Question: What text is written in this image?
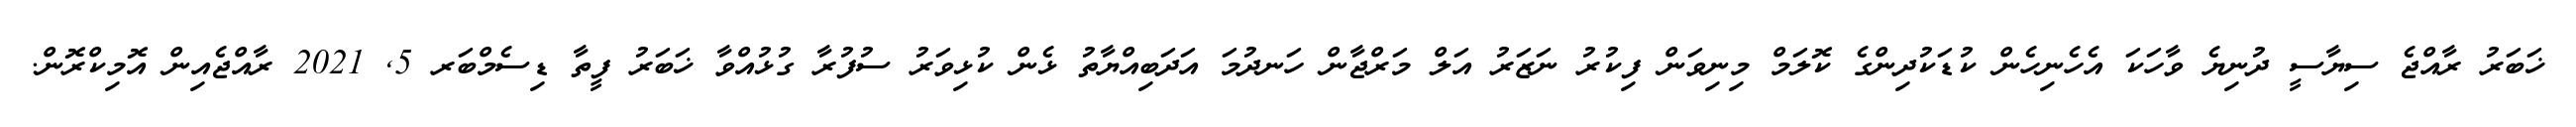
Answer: ޚަބަރު ރާއްޖެ ސިޔާސީ ދުނިޔެ ވާހަކަ އެހެނިހެން ކުޑަކުދިންގެ ކޮލަމް މިނިވަން ފިކުރު ނަޒަރު އަލް މަރްޖާން ހަނދުމަ އަދަބިއްޔާތު ޅެން ކުޅިވަރު ސުފުރާ ގުޅުއްވާ ޚަބަރު ފީތާ ޑިސެމްބަރ 5, 2021 ރާއްޖެއިން އޮމިކްރޮން.